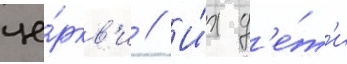
це́ркв'и // И́х д'е́т'и